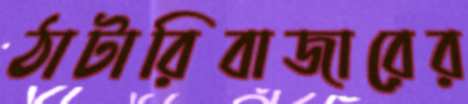
ঠাটারিবাজারের